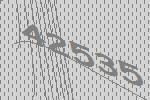
42535